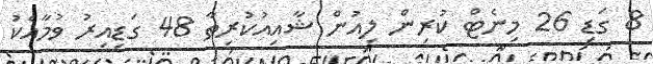
8 ގަޑި 26 މިނެޓް ކުރިން ލިއުން ޝާއިއުކުރިތާ 48 ގަޑިއިރު ވުމާއެކު